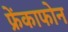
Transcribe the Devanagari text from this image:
फ्रेंकाफोन